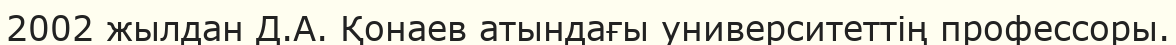
2002 жылдан Д.А. Қонаев атындағы университеттің профессоры.